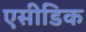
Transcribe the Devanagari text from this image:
एसीडिक